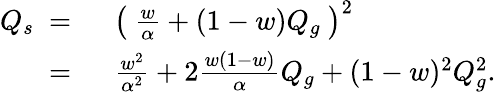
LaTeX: \begin{array}{rl}{Q_{s}\ =\ }&{{}\left(\ \frac{w}{\alpha}+(1-w)Q_{g}\ \right)^{2}}\\ {\ =\ }&{{}\frac{w^{2}}{\alpha^{2}}+2\frac{w(1-w)}{\alpha}Q_{g}+(1-w)^{2}Q_{g}^{2}.}\end{array}